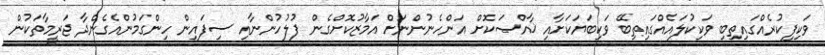
ވަކިފިކުރެއްގައިތިބި ވަކިކުލައެއްގައިތިބޭ ވަކިބަޔަކަށާއި ޚާއްޞަކޮށް އަންހެނުންނަށް އަމާޒުކޮށްގެން ފުލުހުންނާއި ސިފައިން ހިންގަމުންއެގެންދާ ޖަރީމާތަކުން